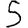
Digit: 5